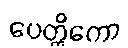
ပေတ္တိကော